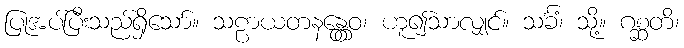
ပြုအပ်ပြီးသည်ရှိသော်။ သဠာယတနန္တွေဝ၊ ဟူ၍သာလျှင်။ သင်္ခံ၊ သို့။ ဂစ္ဆတိ၊